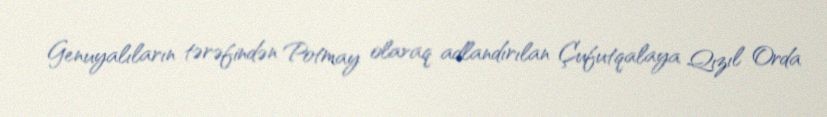
Genuyalıların tərəfindən Potmay olaraq adlandırılan Çufutqalaya Qızıl Orda